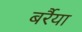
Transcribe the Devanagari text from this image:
बर्रैया